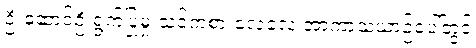
ဦးဆောင်ဦးရွက်ပြုမှု သင်ကစားလေလေ အာကာသယာဉ်ပေါ်တွင်